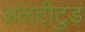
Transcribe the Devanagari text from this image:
अलटीटुड